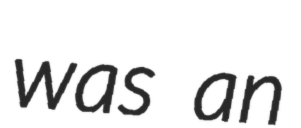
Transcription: was an